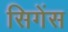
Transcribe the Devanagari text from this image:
सिगेंस